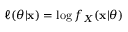
\ell ( \theta | \mathbf x ) = \log f _ { X } ( \mathbf x | \theta )